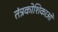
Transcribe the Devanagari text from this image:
तंत्रकोशिकाओं